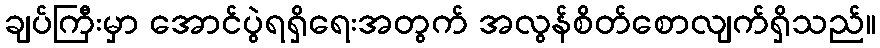
ချပ်ကြီးမှာ အောင်ပွဲရရှိရေးအတွက် အလွန်စိတ်စောလျက်ရှိသည်။